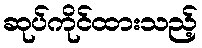
ဆုပ်ကိုင်ထားသည့်